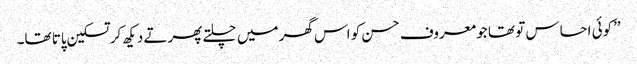
’’کوئی احساس تو تھا جو معروف حسن کو اس گھر میں چلتے پھرتے دیکھ کر تسکین پاتا تھا۔